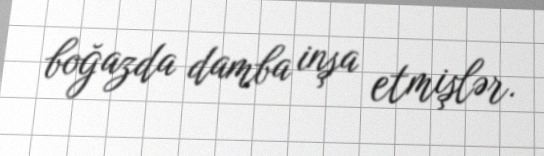
boğazda damba inşa etmişlər.